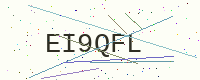
Text: EI9QFL